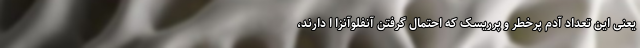
یعنی این تعداد آدم پرخطر و پرریسک که احتمال گرفتن آنفلوآنزا ا دارند،